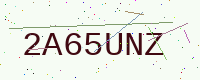
Text: 2A65UNZ